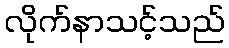
လိုက်နာသင့်သည်